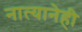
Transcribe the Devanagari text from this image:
नात्यानेही